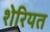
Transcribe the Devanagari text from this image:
शेरियत